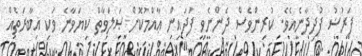
ފަރުޟު ފުދިދާނެއެވެ. ކުރިންވެސް ދެންނެވި ފަދައިން ޢާއްމުކޮށް ޞަލަވާތް ކިޔަވާނެ ވަކި އިބާރަތެއް